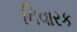
નિવારક